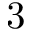
3